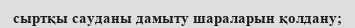
сыртқы сауданы дамыту шараларын қолдану;